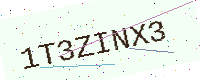
Text: 1T3ZINX3